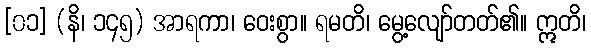
[၀၁] (နိ၊ ၁၄၅) အာရကာ၊ ဝေးစွာ။ ရမတိ၊ မွေ့လျော်တတ်၏။ ဣတိ၊